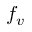
f _ { v }